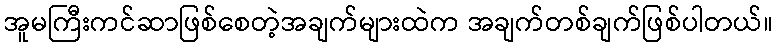
အူမကြီးကင်ဆာဖြစ်စေတဲ့အချက်များထဲက အချက်တစ်ချက်ဖြစ်ပါတယ်။